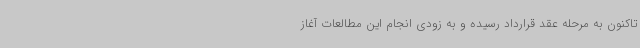
تاکنون به مرحله عقد قرارداد رسیده و به زودی انجام این مطالعات آغاز